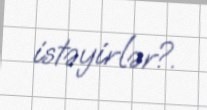
istəyirlər?.